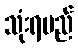
သုံးရမည်